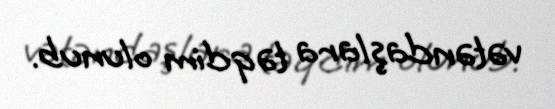
vətəndaşlara təqdim olunub.